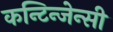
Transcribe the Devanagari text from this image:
कन्टिन्जेन्सी